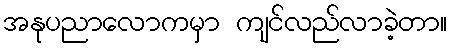
အနုပညာလောကမှာ ကျင်လည်လာခဲ့တာ။